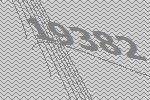
19382